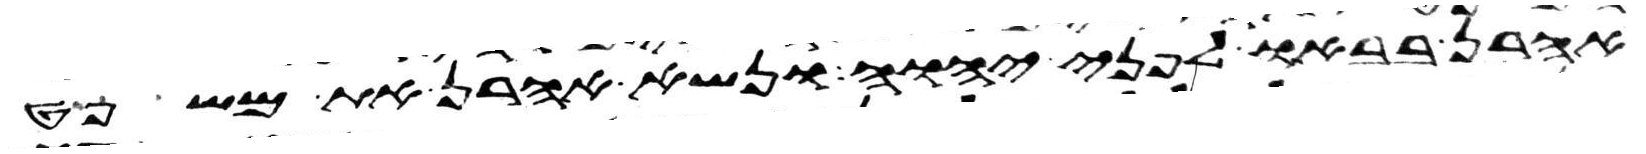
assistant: אהרן בבאו לפני יהוה ונשא אהרן את משפט